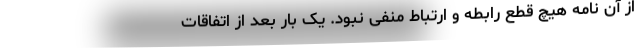
از آن نامه هیچ قطع رابطه و ارتباط منفی نبود. یک بار بعد از اتفاقات